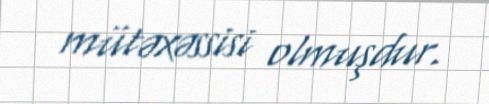
mütəxəssisi olmuşdur.